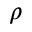
\rho